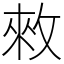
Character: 𢽟